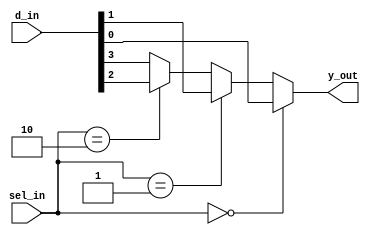
`timescale 1ns / 1ps
//////////////////////////////////////////////////////////////////////////////////
// Company: 
// Engineer: 
// 
// Design Name: 
// Module Name: mux_4to1_if_else
// Project Name: 
// Target Devices: 
// Tool Versions: 
// Description: 
// 
// Dependencies: 
// 
// Revision:
// Revision 0.01 - File Created
// Additional Comments:
// 
//////////////////////////////////////////////////////////////////////////////////


module mux_4to1_if_else(
                        input [3:0] d_in,
                        input [1:0] sel_in,
                        output reg y_out
                        );

always @*
    if(sel_in == 2'b00)
        y_out = d_in[0];
    else if(sel_in == 2'b01)
        y_out = d_in[1];
    else if(sel_in == 2'b10)
        y_out = d_in[2];
    else
        y_out = d_in[3];

endmodule